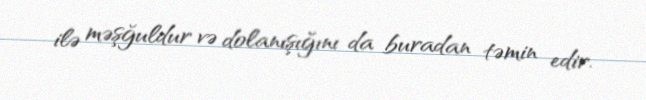
ilə məşğuldur və dolanışığını da buradan təmin edir.